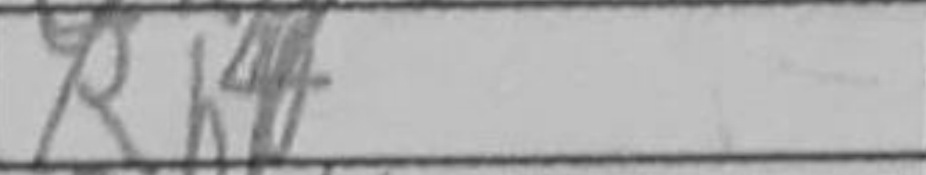
Transcription: Rh4